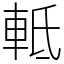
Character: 軧